画像に写った文字を読んでください
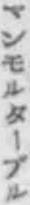
「マンモルターブル」と書いてあります